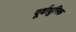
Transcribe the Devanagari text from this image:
पूर्वाधुनिक